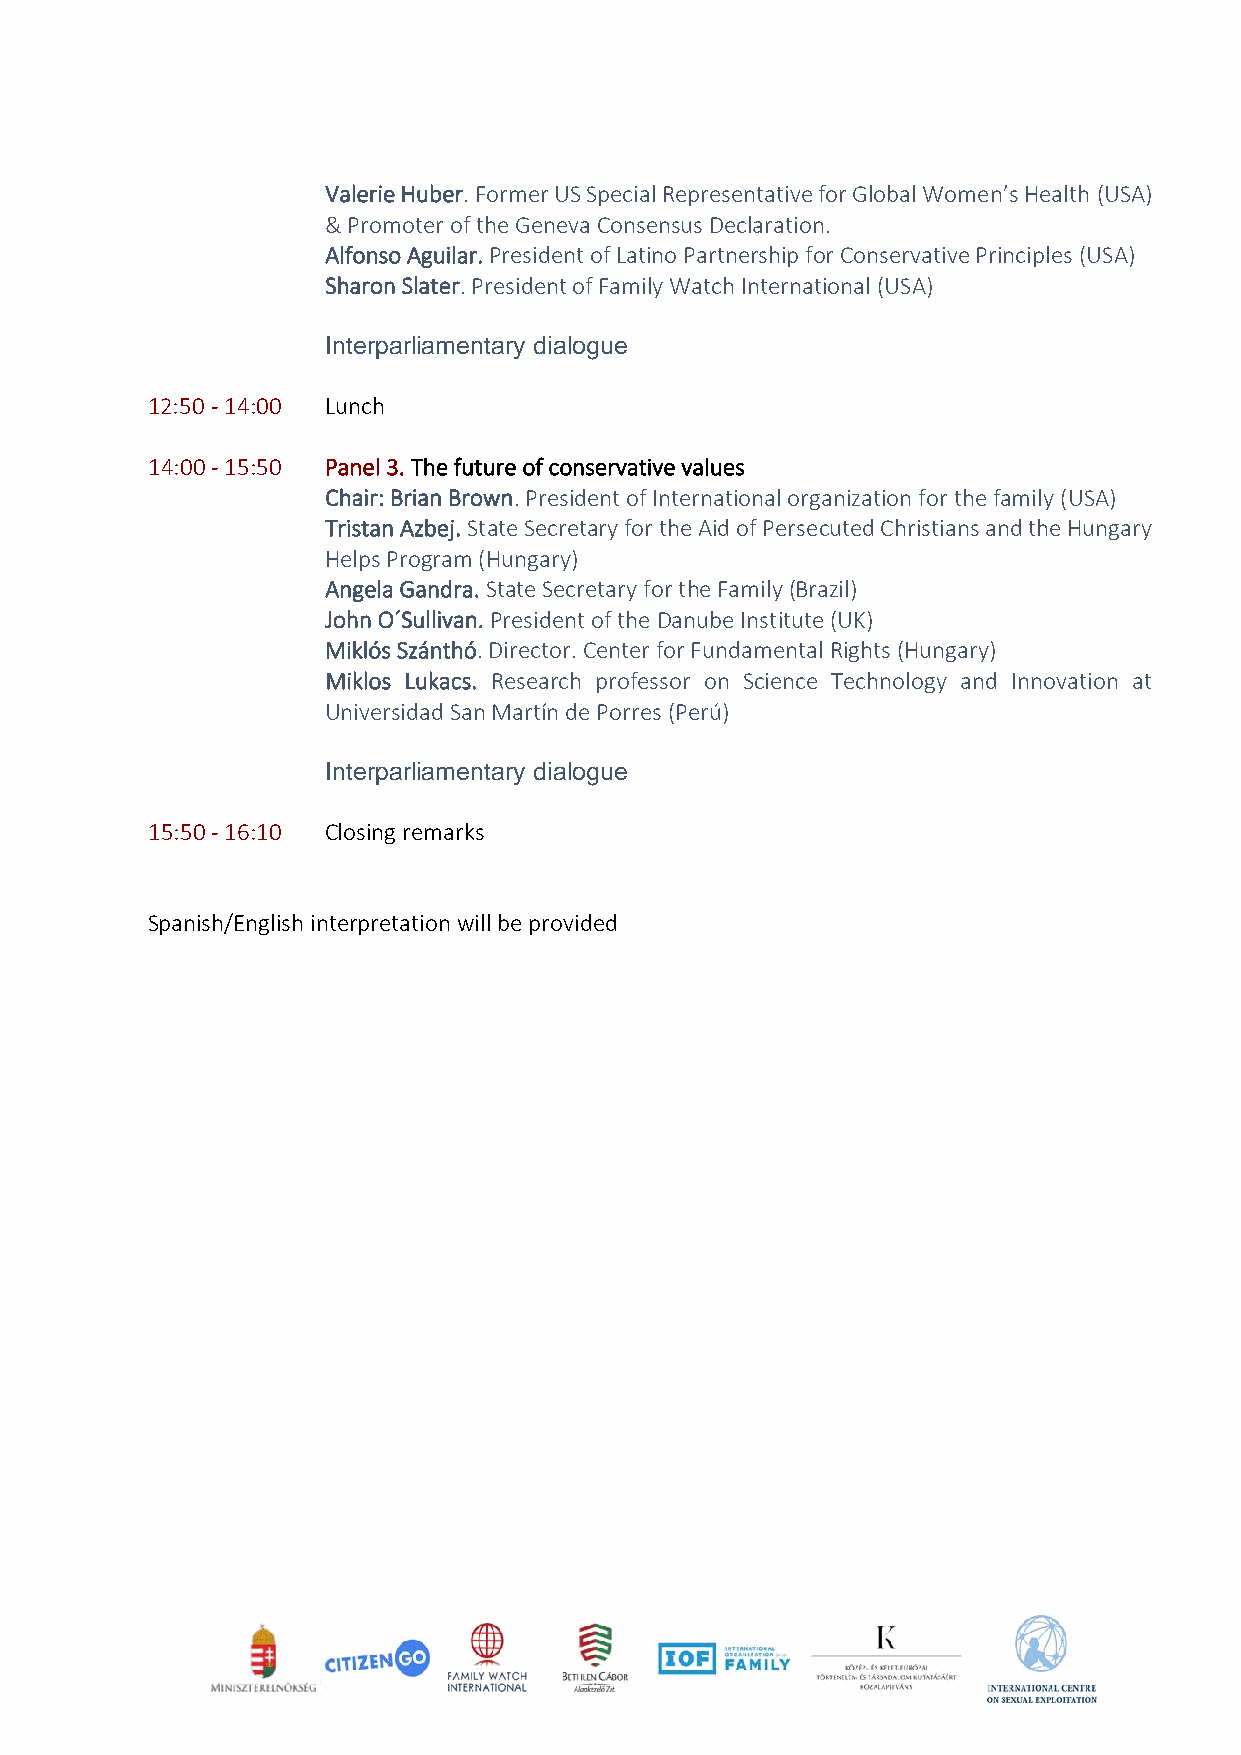
Valerie Huber. Former US Special Representative for Global Women’s Health (USA)
 & Promoter of the Geneva Consensus Declaration.
 Alfonso Aguilar. President of Latino Partnership for Conservative Principles (USA)
 Sharon Slater. President of Family Watch International (USA)
 Interparliamentary dialogue
 12:50 - 14:00 Lunch
 14:00 - 15:50 Panel 3. The future of conservative values
 Chair: Brian Brown. President of International organization for the family (USA)
 Tristan Azbej. State Secretary for the Aid of Persecuted Christians and the Hungary
 Helps Program (Hungary)
 Angela Gandra. State Secretary for the Family (Brazil)
 John O´Sullivan. President of the Danube Institute (UK)
 Miklós Szánthó. Director. Center for Fundamental Rights (Hungary)
 Miklos Lukacs. Research professor on Science Technology and Innovation at
 Universidad San Martín de Porres (Perú)
 Interparliamentary dialogue
 15:50 - 16:10 Closing remarks
 Spanish/English interpretation will be provided